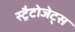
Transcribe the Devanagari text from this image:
स्ट्रैटोजेट्स